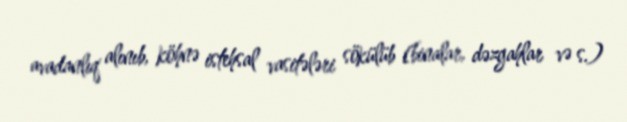
avadanlıq alınıb, köhnə istehsal vasitələri sökülüb (binalar, dəzgahlar və s.)